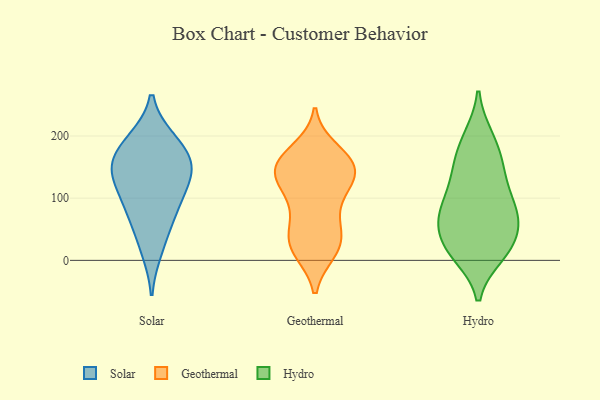
{"axis": {"x": "Headcount", "y": "Value"}, "legend": ["Geothermal", "Hydro", "Solar"], "data": [{"x": "", "y": 128, "type": "Solar"}, {"x": "", "y": 94, "type": "Solar"}, {"x": "", "y": 138, "type": "Solar"}, {"x": "", "y": 191, "type": "Solar"}, {"x": "", "y": 156, "type": "Solar"}, {"x": "", "y": 59, "type": "Solar"}, {"x": "", "y": 17, "type": "Solar"}, {"x": "", "y": 193, "type": "Solar"}, {"x": "", "y": 165, "type": "Solar"}, {"x": "", "y": 144, "type": "Solar"}, {"x": "", "y": 85, "type": "Solar"}, {"x": "", "y": 156, "type": "Geothermal"}, {"x": "", "y": 16, "type": "Geothermal"}, {"x": "", "y": 130, "type": "Geothermal"}, {"x": "", "y": 15, "type": "Geothermal"}, {"x": "", "y": 148, "type": "Geothermal"}, {"x": "", "y": 177, "type": "Geothermal"}, {"x": "", "y": 90, "type": "Geothermal"}, {"x": "", "y": 154, "type": "Geothermal"}, {"x": "", "y": 130, "type": "Geothermal"}, {"x": "", "y": 118, "type": "Geothermal"}, {"x": "", "y": 26, "type": "Geothermal"}, {"x": "", "y": 47, "type": "Geothermal"}, {"x": "", "y": 161, "type": "Geothermal"}, {"x": "", "y": 116, "type": "Geothermal"}, {"x": "", "y": 165, "type": "Geothermal"}, {"x": "", "y": 145, "type": "Geothermal"}, {"x": "", "y": 22, "type": "Geothermal"}, {"x": "", "y": 70, "type": "Geothermal"}, {"x": "", "y": 44, "type": "Geothermal"}, {"x": "", "y": 24, "type": "Hydro"}, {"x": "", "y": 197, "type": "Hydro"}, {"x": "", "y": 118, "type": "Hydro"}, {"x": "", "y": 150, "type": "Hydro"}, {"x": "", "y": 75, "type": "Hydro"}, {"x": "", "y": 194, "type": "Hydro"}, {"x": "", "y": 28, "type": "Hydro"}, {"x": "", "y": 71, "type": "Hydro"}, {"x": "", "y": 158, "type": "Hydro"}, {"x": "", "y": 12, "type": "Hydro"}, {"x": "", "y": 87, "type": "Hydro"}, {"x": "", "y": 72, "type": "Hydro"}, {"x": "", "y": 57, "type": "Hydro"}, {"x": "", "y": 10, "type": "Hydro"}, {"x": "", "y": 86, "type": "Hydro"}, {"x": "", "y": 22, "type": "Hydro"}, {"x": "", "y": 142, "type": "Hydro"}]}